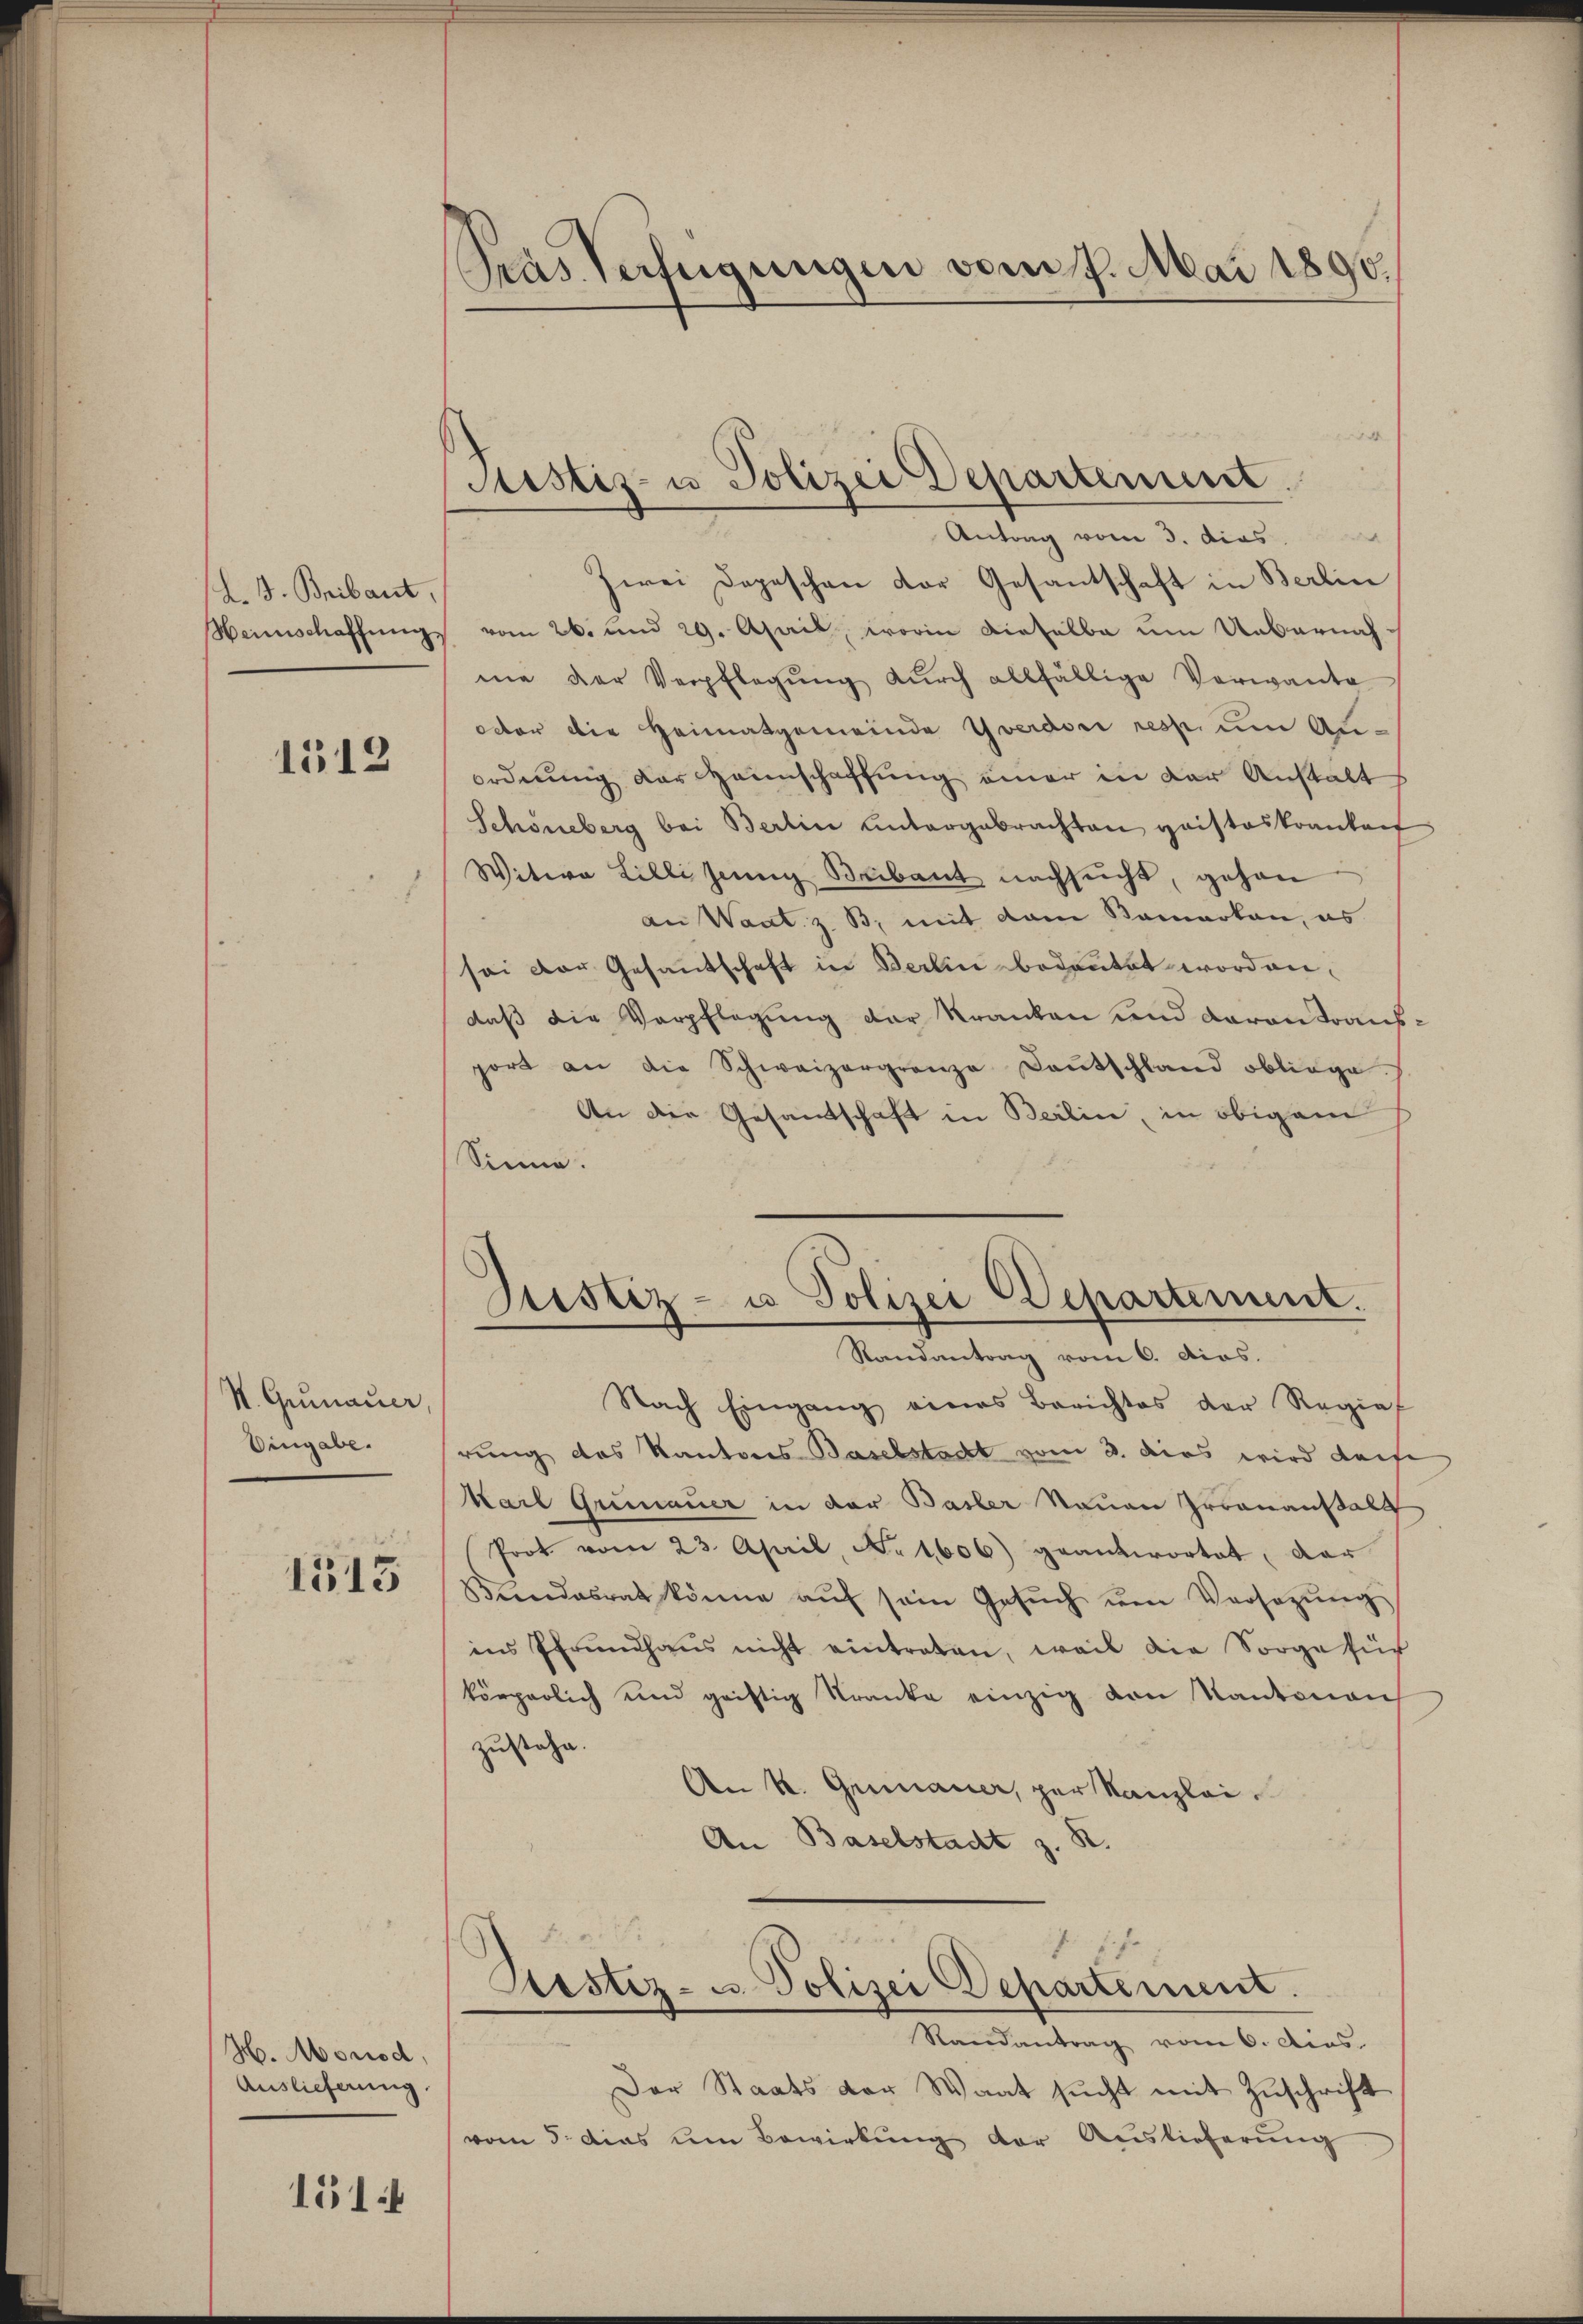
h. 3. Bribaut,

1512

N. Grumauer
Eingabe.

1515

H. Monod,
Auslieferung.

151

Pras Verfügungen vom 7. Mai 1890.

1
Antrag vom 3. dies
e
Zwei Depeschen der Gesantschaft in Berlin
Weinschaffung vom 26. und 29. April, worin dieselbe um Uebernahme der Verpflegŭng dŭrch allfällige Verwante
oder die Heimatgemeinde Yverdoni resp. um Auordnung der Hannschaffung einer in der Anstalt
Schöneberg bei Berlin untergebrachten gaisteskrankauf
Witwe Billi sein Bebaut nachsucht, gehen
an Waat z. B. mit dem Samarkan, es
sei der Gesantschaft in Berlin bedeutet wordendaß die Verpflegung der Kranken und daran transport an die Schweizergrenze Dantschland obliege.
An die Gesandtschaft in Berlin, in obigem
Sinne.

Nach Eingang eines Berichtes der Regie
rung des Kantons Baselstacht vom 3. dies wird darfe
Karl Gremauer in der Basler Nauen Groonanstalt
Prot vom 23. April, No 1606) geantwortet, dar
Bŭndesrat könne aŭf sein Gesŭch ŭm Versetzŭng
ins Pfrundhaŭs nicht eintreten, weil die Sorge für
körperlich und giftig Kranke einzig von Kantonen
zustehe.
An k. Gemauer, per Kanzlei
An Baselstadt z. R.

Justiz- u Polizei Departement.

Justiz- u Polizei Departement.
Randantrag vom 6. dios.

Sistiz- u. Polizei Departement.
Randantrag vom 6. dies

Der Staats der Waat sŭcht mit Zŭschrift
vom 5. das um Bewirkung der Auslieferung